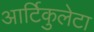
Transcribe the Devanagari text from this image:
आर्टिकुलेटा